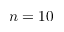
n = 1 0